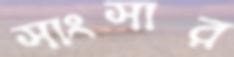
সাংসার